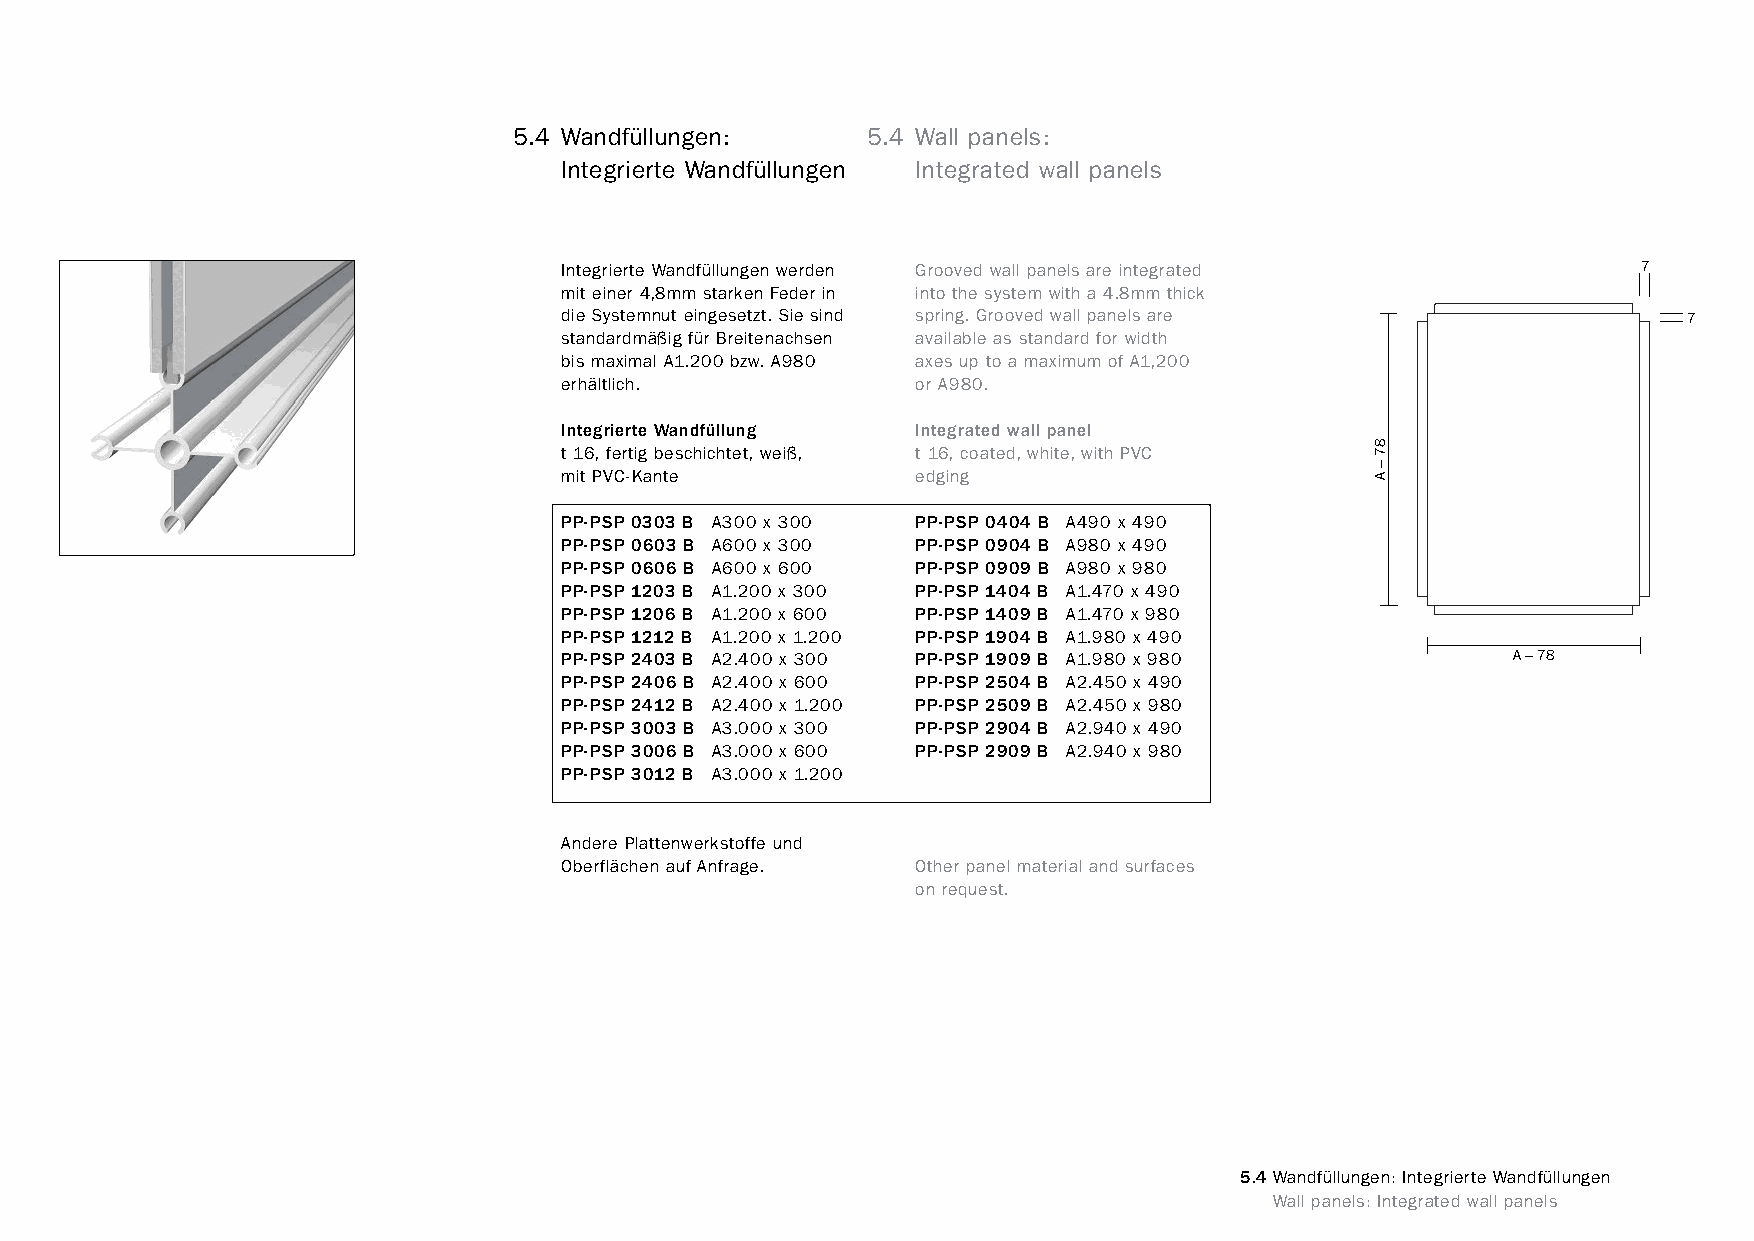
constructivpila petite        5.4 Wandfüllungen:     5.4 Wall panels:
 Integrierte Wandfüllungen Integrated wall panels
 Integrierte Wandfüllungen werden Grooved wall panels are integrated     7
 mit einer 4,8mm starken Feder in into the system with a 4.8mm thick
 die Systemnut eingesetzt. Sie sind spring. Grooved wall panels are         7
 standardmäßig für Breitenachsen available as standard for width
 bis maximal A1.200 bzw. A980 axes up to a maximum of A1,200
 erhältlich.             or A980.
 Integrierte Wandfüllung Integrated wall panel
 t 16, fertig beschichtet, weiß, t 16, coated, white, with PVC
 mit PVC-Kante           edging
 PP-PSP 0303 B A300 x 300 PP-PSP 0404 B A490 x 490
 PP-PSP 0603 B A600 x 300 PP-PSP 0904 B A980 x 490
 PP-PSP 0606 B A600 x 600 PP-PSP 0909 B A980 x 980
 PP-PSP 1203 B A1.200 x 300 PP-PSP 1404 B A1.470 x 490
 PP-PSP 1206 B A1.200 x 600 PP-PSP 1409 B A1.470 x 980
 PP-PSP 1212 B A1.200 x 1.200 PP-PSP 1904 B A1.980 x 490
 PP-PSP 2403 B A2.400 x 300 PP-PSP 1909 B A1.980 x 980          A–78
 PP-PSP 2406 B A2.400 x 600 PP-PSP 2504 B A2.450 x 490
 PP-PSP 2412 B A2.400 x 1.200 PP-PSP 2509 B A2.450 x 980
 PP-PSP 3003 B A3.000 x 300 PP-PSP 2904 B A2.940 x 490
 PP-PSP 3006 B A3.000 x 600 PP-PSP 2909 B A2.940 x 980
 PP-PSP 3012 B A3.000 x 1.200
 Andere Plattenwerkstoffe und
 Oberflächen auf Anfrage. Other panel material and surfaces
 on request.
 5.4Wandfüllungen: Integrierte Wandfüllungen
 www.burkhardtleitner.de                                                         Wall panels: Integrated wall panels
 87–A